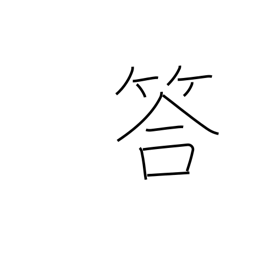
Meaning: answer